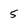
Character: 5